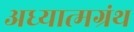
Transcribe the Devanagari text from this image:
अध्यात्मग्रंथ